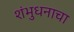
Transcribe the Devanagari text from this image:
शंभुधनाचा